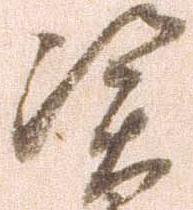
憑